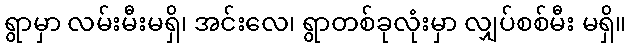
ရွာမှာ လမ်းမီးမရှိ၊ အင်းလေ၊ ရွာတစ်ခုလုံးမှာ လျှပ်စစ်မီး မရှိ။